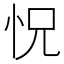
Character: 怳